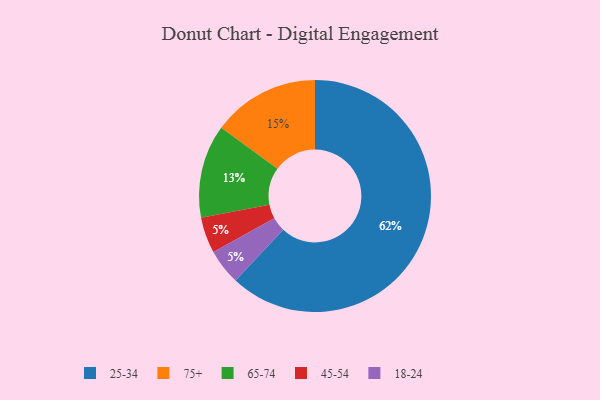
{"axis": {"x": "Category", "y": "Percentage"}, "legend": ["18-24", "25-34", "45-54", "65-74", "75+"], "data": [{"x": "75+", "y": 15, "type": "75+"}, {"x": "65-74", "y": 13, "type": "65-74"}, {"x": "25-34", "y": 62, "type": "25-34"}, {"x": "45-54", "y": 5, "type": "45-54"}, {"x": "18-24", "y": 5, "type": "18-24"}]}